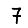
Digit: 7